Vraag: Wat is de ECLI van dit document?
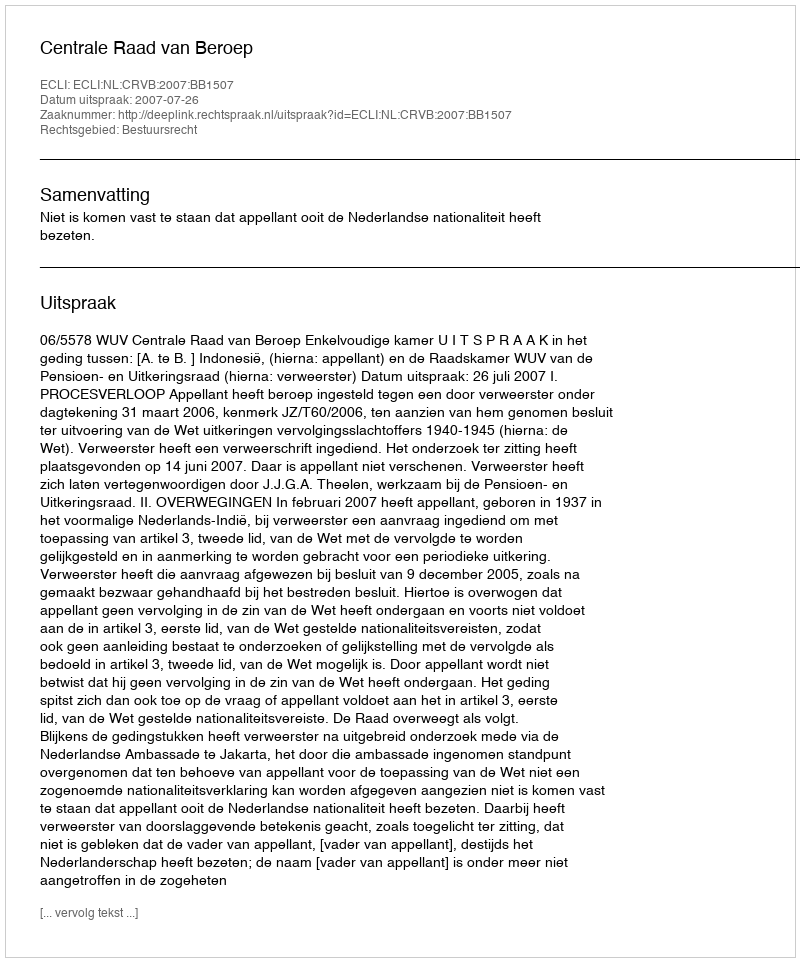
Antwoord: ECLI:NL:CRVB:2007:BB1507